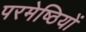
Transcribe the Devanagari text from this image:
परमेष्ठियों